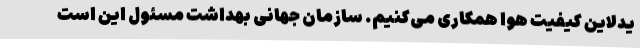
یدلاین کیفیت هوا همکاری می‌کنیم. سازمان جهانی بهداشت مسئول این است